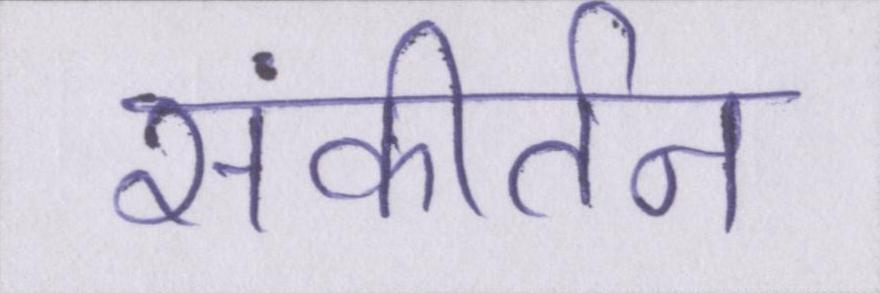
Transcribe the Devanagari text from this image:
संकीर्तन